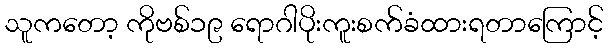
သူကတော့ ကိုဗစ်၁၉ ရောဂါပိုးကူးစက်ခံထားရတာကြောင့်